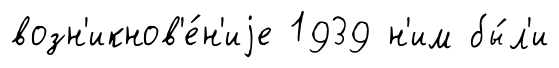
возн'икнов'е́н'иjе 1939 н'им бы́л'и